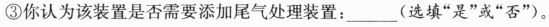
③你认为该装置是否需要添加尾气处理装置：___(选填”是”或”否”)。